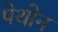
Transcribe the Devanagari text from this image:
पेथोन